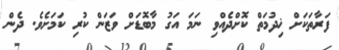
ފަރާތަކަށް ޚިދުމަތް ކޮށްދެއްވި ނަމަ އަގު މާބޮޑަށް ވަޒަން ކުރި ކަމަށެވެ. ދެން